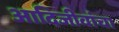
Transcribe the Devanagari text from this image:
आदिजीवांचा